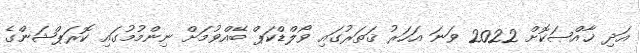
އަދި ޚާއްޞަކޮށް 2022 ވަނަ އަހަރު ޤަތަރުގައި ވޯލްޑްކަޕް ބޭއްވުމަށް ނިންމުމުގައި ކޮރަޕްޝަންގެ